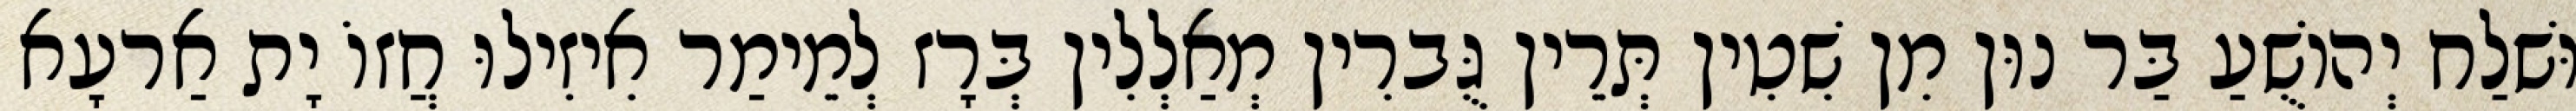
וּשׁלַח יְהוֹשֻׁעַ בַּר נוּן מִן שִׁטִין תְּרֵין גֻּברִין מְאַלְלִין בְּרָז לְמֵימַר אִיזִילוּ חֲזוֹ יָת אַרעָא